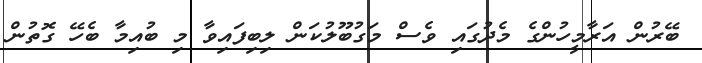
ބޭރުން އަރާމީހުންގެ މެދުގައި ވެސް މަގުބޫލުކަން ލިބިފައިވާ މި ބުއިމާ ބެހޭ ގޮތުން